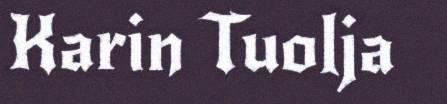
Karin Tuolja